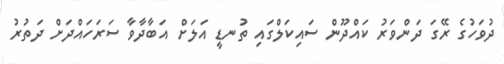
ދުވަހުގެ ރޭގަ ދަންވަރު ކައްދޫން ސައިކަލްގައި ތުނޑީ އަލަށް އަބާދާވާ ސަރަހައްދަށް ދަތުރު